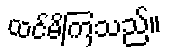
ထင်မိကြသည်။